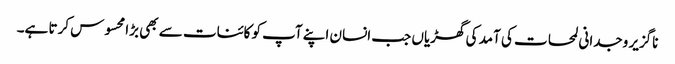
ناگزیر وجدانی لمحات کی آمد کی گھڑیاں جب انسان اپنے آپ کو کائنات سے بھی بڑا محسوس کرتا ہے۔